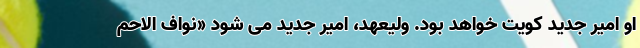
او امیر جدید کویت خواهد بود. ولیعهد، امیر جدید می شود «نواف الاحم